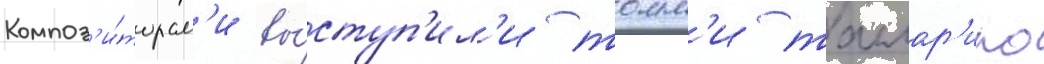
Композ'и́торам'и вы́ступ'ил'и томм'и таллар'ико